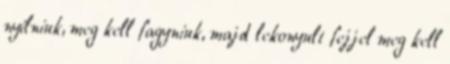
nyílniuk, meg kell fagyniuk, majd lekonyult fejjel meg kell